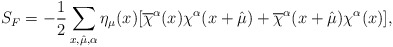
\begin{align*}S_F=-\frac{1}{2}\sum_{x,\hat{\mu},\alpha}\eta_\mu(x)[\overline{\chi}^\alpha(x)\chi^\alpha(x+\hat{\mu})+\overline{\chi}^\alpha(x+\hat{\mu})\chi^\alpha(x)], \end{align*}